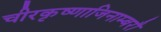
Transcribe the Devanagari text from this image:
चीरकृष्णाजिनाम्बरौ